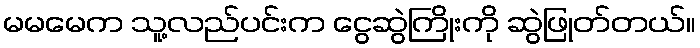
မမမေက သူ့လည်ပင်းက ငွေဆွဲကြိုးကို ဆွဲဖြုတ်တယ်။